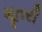
મૂતરી